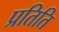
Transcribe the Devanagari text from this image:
प्रतिति